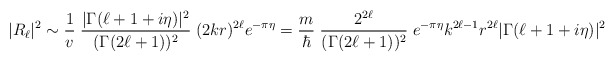
\begin{align*}|R_\ell|^2 \sim {1\over v} \; {|\Gamma (\ell + 1+i\eta)|^2\over (\Gamma(2\ell+1))^2}\;(2kr)^{2\ell} e^{-\pi\eta} = {m\over \hbar} \; {2^{2\ell}\over(\Gamma(2\ell+1))^2}\; e^{-\pi\eta} k^{2\ell-1} r^{2\ell}|\Gamma (\ell + 1+i\eta)|^2\end{align*}